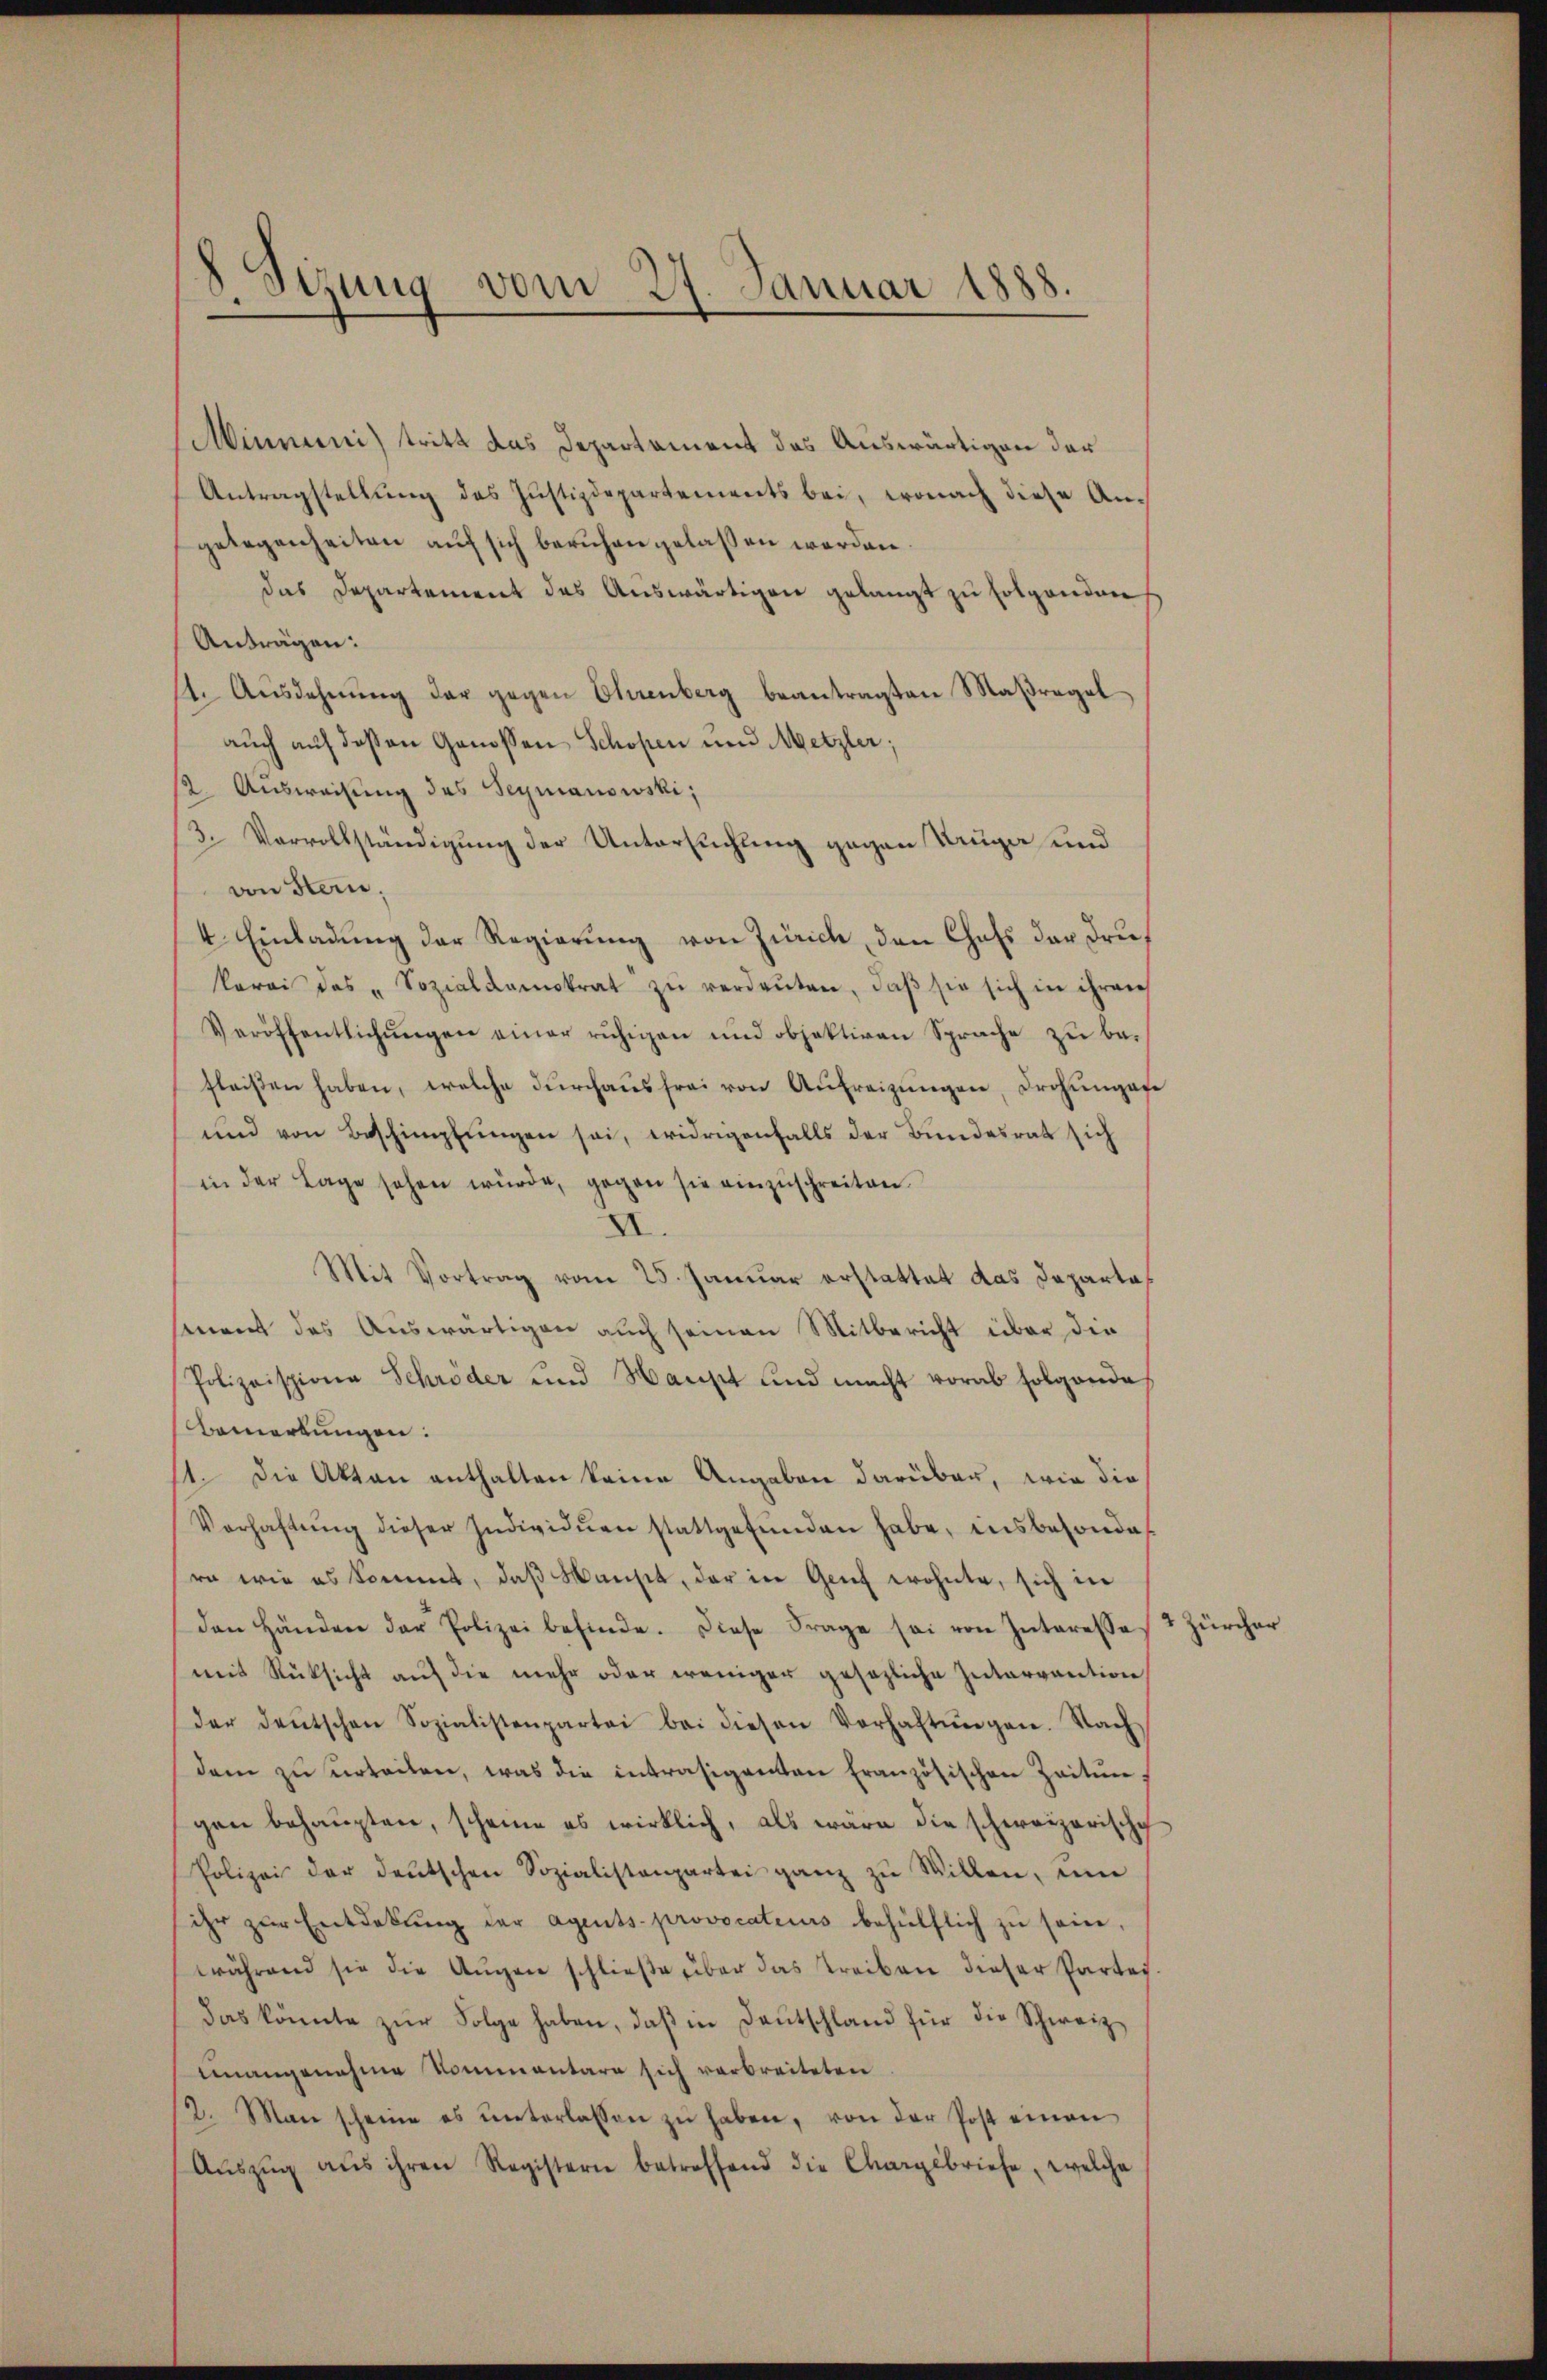
.
Sizung vom 27. Januar 1888.

Minmeni) tritt das Departament das Auswärtigen der
Antragstellung des Justizdepartements bei, wonach diese Angelegenheiten auf sich beruhen gelassen werden.
das Departement des Auswärtigen gelangt zu folgenden
Anträgen:
1. Ausdehnung der gegen Ohrenberg beantragten Maßregel
auch auf deßen Genossen Schopen und Metzler;
2. Ausweisung des Seymanowski,
3. Vervollständigung der Untersuchung gegen Auga und
von Stein,
4. Einladung der Regierung von Zürich, den Chefs der Drukarai das „Sozialdemokrat zŭ verdaŭten, daβ sie sich in ihren
Veröffentlichungen einer ruhigen und objektiven Sprache zu befleißen haben, welche dŭrchaŭsfrei von Aufreizŭngen, Drohungese
und von Beschimpfŭngen sei, widrigenfalls der Bundesrat sich
in der Lage sehen wŭrde, gegen sie einzŭschreiten.
XI.
Mit Vortrag vom 25. Januar erstattet das Departas
ment das Auswärtigen auch seinen Mitbericht über die
Polizeispione Schröder und Haupt und macht vorab folgende
Bemerkungen:
1. Die Akten enthalten keine Angaben darüber, wie die
Verhaftŭng dieser Individuen stattgefŭnden habe, insbesondes
ra wie es kommt, daß Hanset, der in Genf wohnte, sich in
den Händen der Polizei befinde. Diese Frage sei von Interesse
mit Rücksicht aŭf die mehr oder weniger gesezliche Zutarvaution
der deŭtschen Sozialistenpartei bei diesen Verhaltŭngen. Nach
dem zu urteilen, was die intrasigenten Französischen Zeitungen behaupten, scheine es wirklich, als wäre die schweizerische
Polizei der deutschen Sozialistenpartei ganz zu Willen, um
ihr zŭr Entdekŭng der Agents-provocateurs behülflich zu sein,
während sie die Aŭgen schlieβe über das treiben dieser Partei-
Das könnte zŭr Folge haben, daβ in Deutschland für die Schweiz
unangenahme kommentare sich verbreiteten
12. Man scheine es ŭnterlassen zŭ haben, von der Post einen
Aŭszŭg aŭs ihren Registern betreffend die Chargebriefe, welche

1 Zürcher